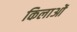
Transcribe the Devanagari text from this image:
किलाओं